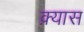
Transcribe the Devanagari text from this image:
क़्यास